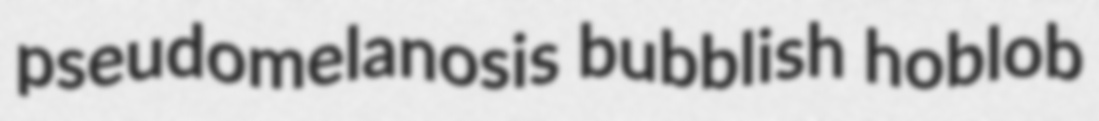
pseudomelanosis bubblish hoblob